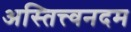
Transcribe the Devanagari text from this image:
अस्तित्त्वनदम